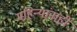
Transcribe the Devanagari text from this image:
महिन्यांनाही